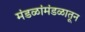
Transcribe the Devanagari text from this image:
मंडळांमंडळातून